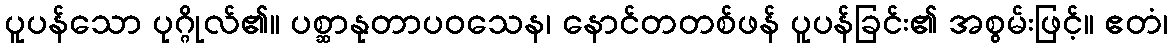
ပူပန်သော ပုဂ္ဂိုလ်၏။ ပစ္ဆာနုတာပဝသေန၊ နောင်တတစ်ဖန် ပူပန်ခြင်း၏ အစွမ်းဖြင့်။ ဧတံ၊